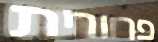
פרוורית